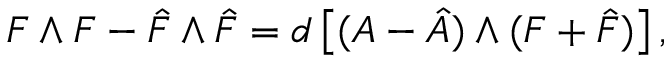
F \wedge F - \hat { F } \wedge \hat { F } = d \left[ ( A - \hat { A } ) \wedge ( F + \hat { F } ) \right] ,